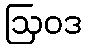
ဩဝဒ